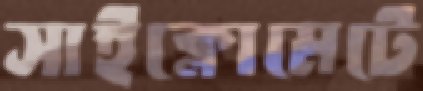
সাইক্লোমেটে